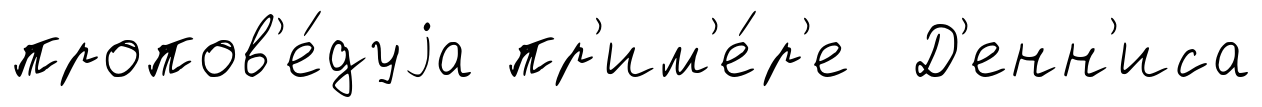
пропов'е́дуjа пр'им'е́р'е Д'енн'иса